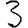
Digit: 3